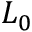
L _ { 0 }